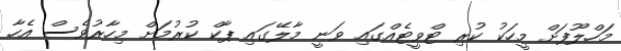
މަހްލޫފަށް މީހަކު ކުރި ޓްވީޓެއްގައި ވަނީ މާލޭގައި ޕާކް ކުރުމަށް މިހާރުވެސް އެހާ